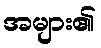
အများ၏